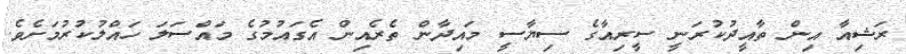
ރަޝިއާ އިން ތާއީދުކުރަނީ ސީރިއާގެ ސިޔާސީ މައިދާން ތެރެއިން އެގައުމުގެ މައްސަލަ ހައްލުކުރުމަށެވެ.